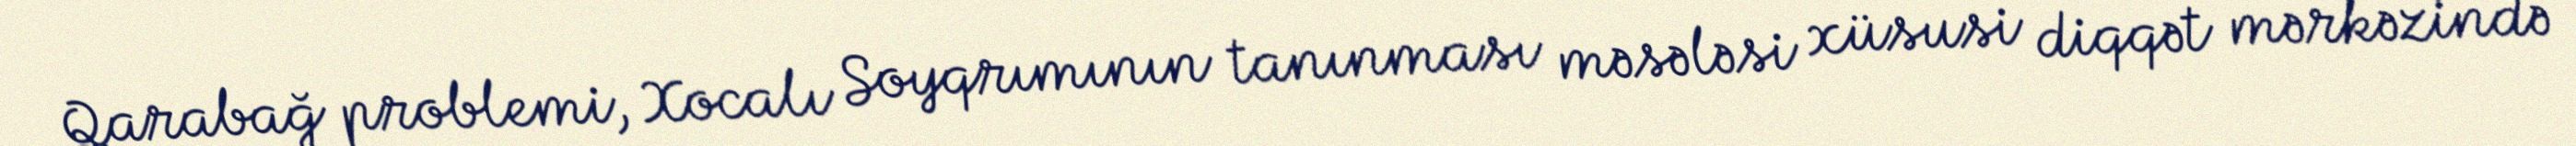
Qarabağ problemi, Xocalı Soyqrımının tanınması məsələsi xüsusi diqqət mərkəzində